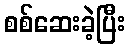
စစ်ဆေးခဲ့ပြီး